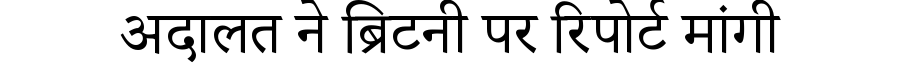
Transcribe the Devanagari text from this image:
अदालत ने ब्रिटनी पर रिपोर्ट मांगी